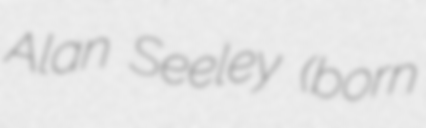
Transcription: Alan Seeley (born